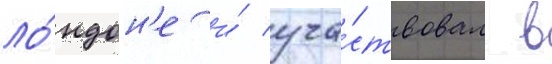
ло́ндон'е и́ уча́ствовал в